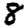
Digit: 8